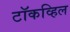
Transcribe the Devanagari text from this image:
टॉकव्हिल